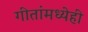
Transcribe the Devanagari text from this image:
गीतांमध्येही